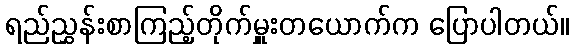
ရည်ညွှန်းစာကြည့်တိုက်မှူးတယောက်က ပြောပါတယ်။